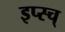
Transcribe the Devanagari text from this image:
इप्स्च्